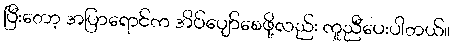
ပြီးတော့ အပြာရောင်က အိပ်ပျော်စေဖို့လည်း ကူညီပေးပါတယ်။